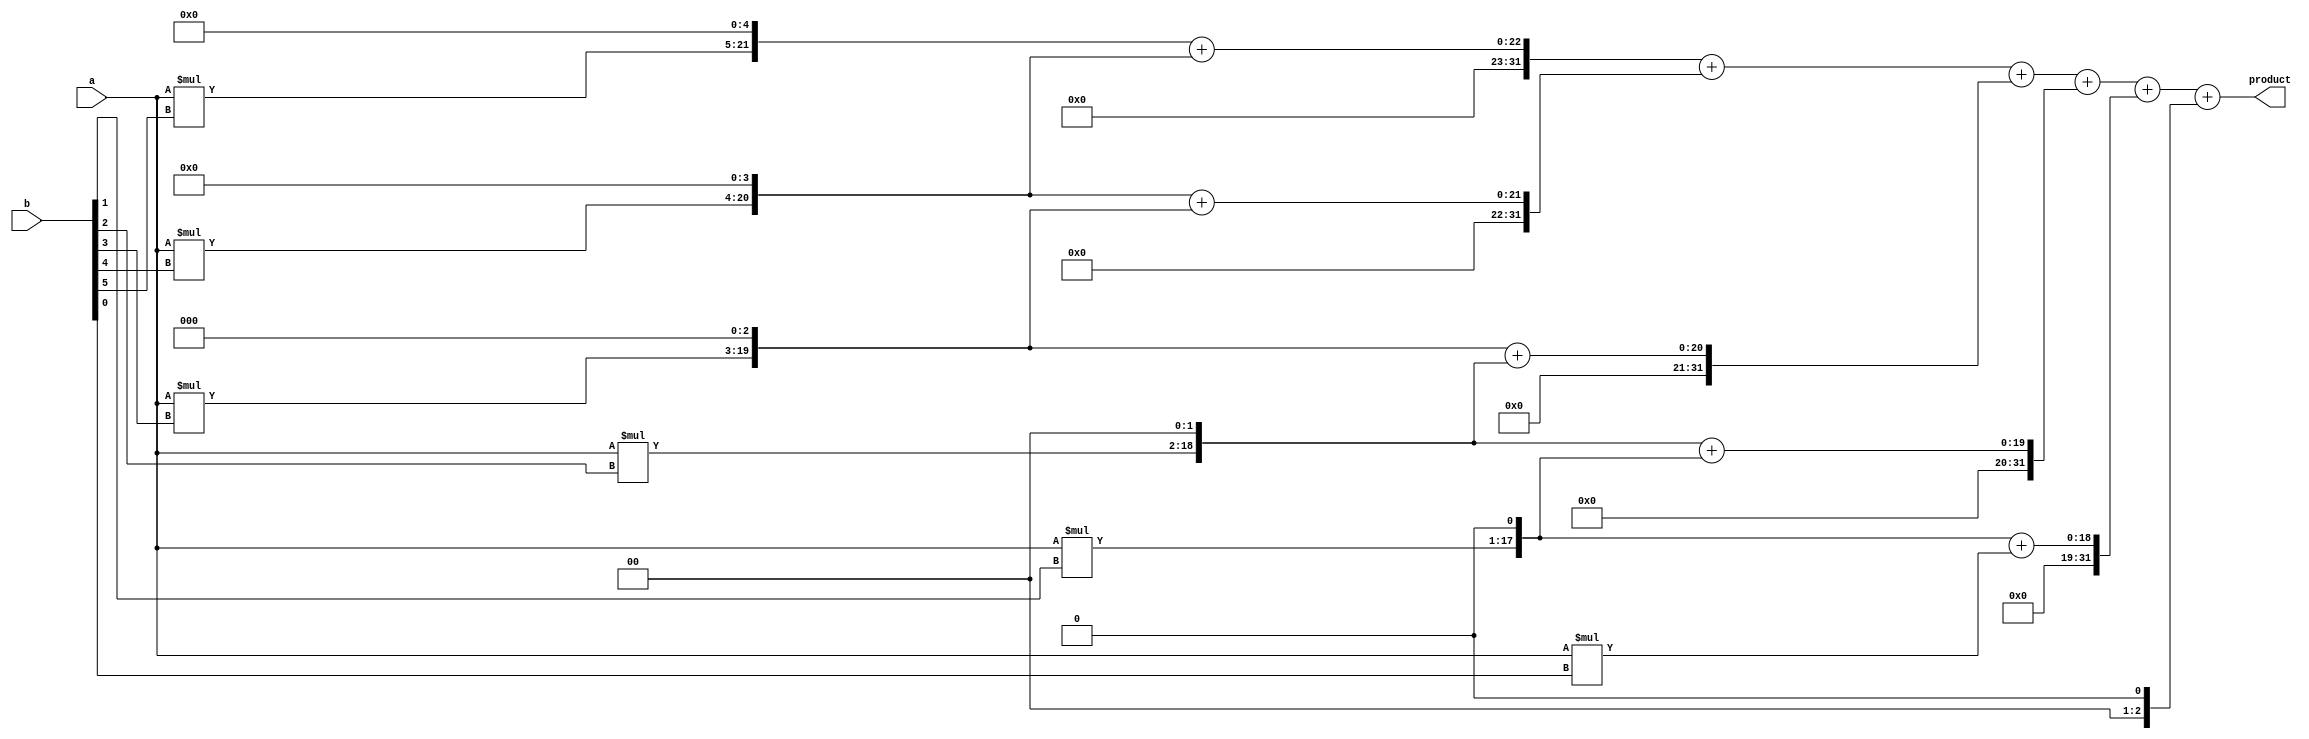
module dadda_multiplier(
    input [15:0] a, // input number a
    input [15:0] b, // input number b
    output reg [31:0] product // output product
);

reg [31:0] partial_product[5:0]; // array to store partial products
reg [31:0] carry_save_sum[5:0]; // array to store carry-save sums

// generate partial products
genvar i;
generate
  for(i = 0; i < 6; i = i + 1) begin : gen_part_prod
    assign partial_product[i] = a * (b[i]) << i; // generate partial product using left shift
  end
endgenerate

// calculate carry-save sums
genvar j;
generate
  for(j = 0; j < 6; j = j + 1) begin : calc_cas_sum
    if(j > 0) begin
      assign carry_save_sum[j] = partial_product[j] + partial_product[j-1]; // add partial products
    end
  end
endgenerate

// final sum accumulation
always @(*) begin
  product = carry_save_sum[5] + carry_save_sum[4] + carry_save_sum[3] + carry_save_sum[2] + carry_save_sum[1] + carry_save_sum[0];
end

endmodule